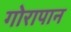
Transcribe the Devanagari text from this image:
गोरापान